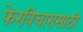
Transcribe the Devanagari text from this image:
फेरविचारासाठी